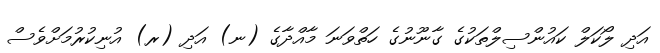
އަދި ލޯކަލް ކައުންސިލްތަކުގެ ގާނޫނުގެ ހަތްވަަނަ މާއްދާގެ (ނ) އަދި (ރ) އުނިކުރުމަށްވެސް